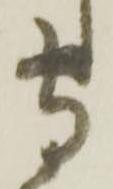
守